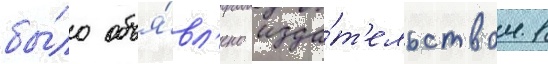
бы́ло объя́вл'ено изда́т'ельством 1